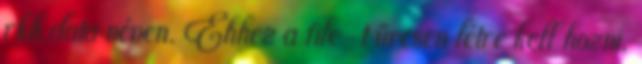
rkh.data néven. Ehhez a file-t üresen létre kell hozni,